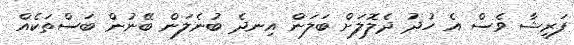
ފަރީޝާ ވެސް އެ ހުދު ދެލޮލަށް ބަލަން އިނދެ ބުނެލަން ބޭނުން ބަސްތަކެއް